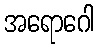
အရောဂေါ